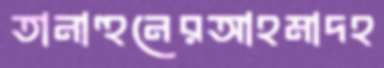
তানাহুনেরআহমাদহ